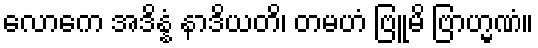
လောကေ အဒိန္နံ နာဒိယတိ၊ တမဟံ ဗြူမိ ဗြာဟ္မဏံ။